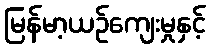
မြန်မာ့ယဉ်ကျေးမှုနှင့်